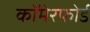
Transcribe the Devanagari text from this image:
कॉमेरफोर्ड